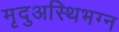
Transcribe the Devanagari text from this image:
मृदुअस्थिभग्न